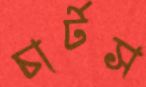
চার্টস